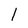
Character: l